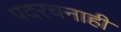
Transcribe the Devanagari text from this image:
पदरचनाही